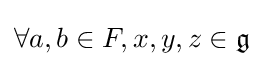
\forall a,b\in F,x,y,z\in {\mathfrak {g}}